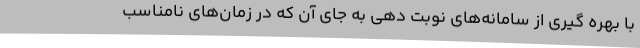
با بهره گیری از سامانه‌های نوبت دهی به جای آن که در زمان‌های نامناسب